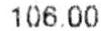
106.00